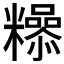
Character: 𮇿